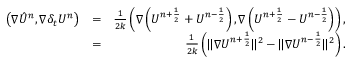
\begin{array} { r l r } { \left( \nabla { \hat { U } } ^ { n } , \nabla \delta _ { t } U ^ { n } \right) } & { = } & { \frac { 1 } { 2 k } \left( \nabla \left( U ^ { n + \frac { 1 } { 2 } } + U ^ { n - \frac { 1 } { 2 } } \right) , \nabla \left( U ^ { n + \frac { 1 } { 2 } } - U ^ { n - \frac { 1 } { 2 } } \right) \right) , } \\ & { = } & { \frac { 1 } { 2 k } \left( \| \nabla U ^ { n + \frac { 1 } { 2 } } \| ^ { 2 } - \| \nabla U ^ { n - \frac { 1 } { 2 } } \| ^ { 2 } \right) . } \end{array}